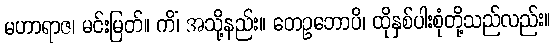
မဟာရာဇ၊ မင်းမြတ်။ ကိံ၊ အသို့နည်း။ တေဥဘောပိ၊ ထိုနှစ်ပါးစုံတို့သည်လည်း။